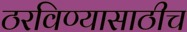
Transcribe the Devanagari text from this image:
ठरविण्यासाठीच